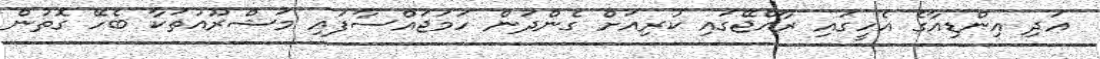
އަދި އިންޑިއާގެ އެހީގައި ރާއްޖޭގައި ކުރިއަށް ގެންދަން ހަމަޖައްސާފައި މަޝްރޫއުތަކާ ބެހޭ ގޮތުން